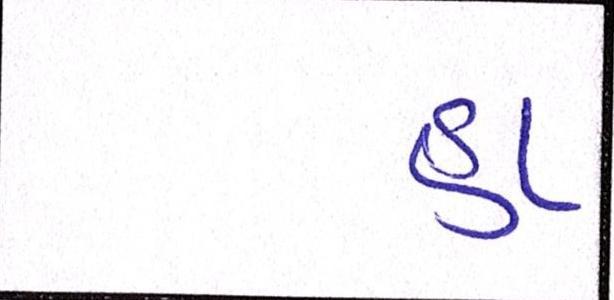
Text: હા